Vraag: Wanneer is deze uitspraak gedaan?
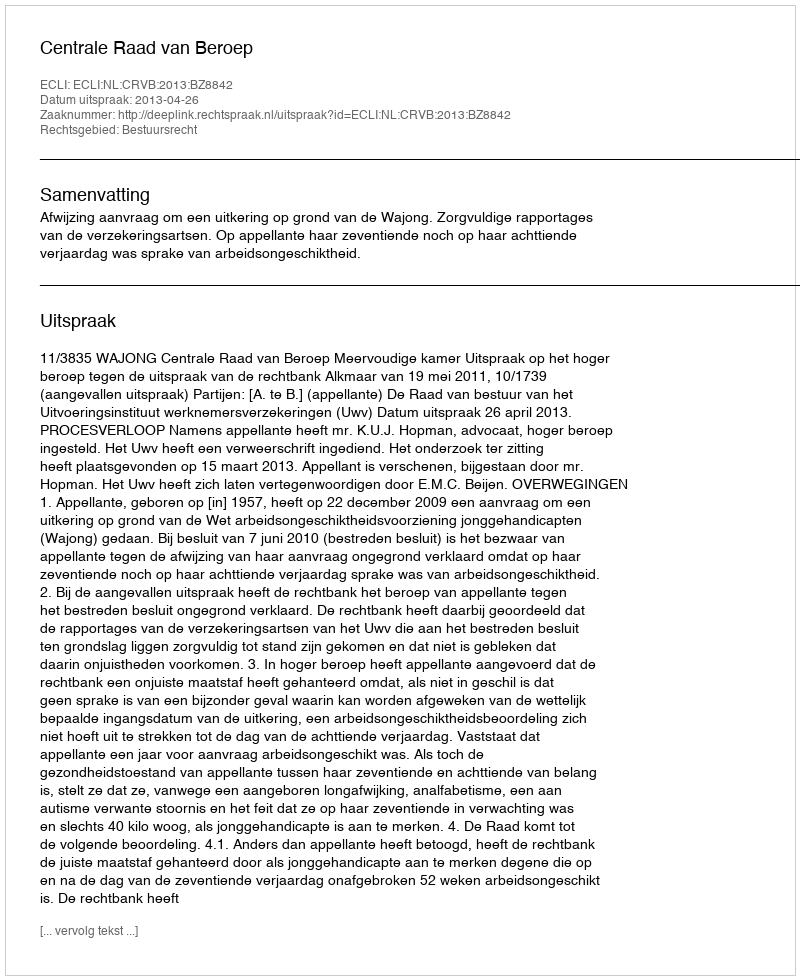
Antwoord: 2013-04-26